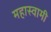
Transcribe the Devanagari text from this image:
महास्वामी